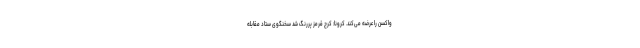
واکسن را عرضه می‌کند. کرونا: کرج قرمز پررنگ شد سخنگوی ستاد مقابله